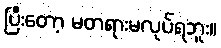
ပြီးတော့ မတရားမလုပ်ရဘူး။